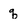
Character: q